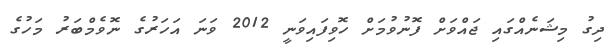
ދިގު މިޝަނެއްގައި ޖައްވަށް ފޮނުވުމަށް ހޮވިފައިވަނީ 2012 ވަނަ އަހަރުގެ ނޮވެމްބަރު މަހުގެ